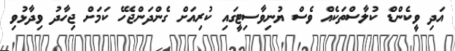
އަދި ވީކެންޑް ކުލާސްތަކެއް ވެސް ޔުނިވާސިޓީގައި ކުރިއަށް ގެންދަންޖެހޭ ކަމަށް ޖިހާދު ވިދާޅުވި